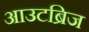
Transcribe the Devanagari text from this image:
आउटब्रिज